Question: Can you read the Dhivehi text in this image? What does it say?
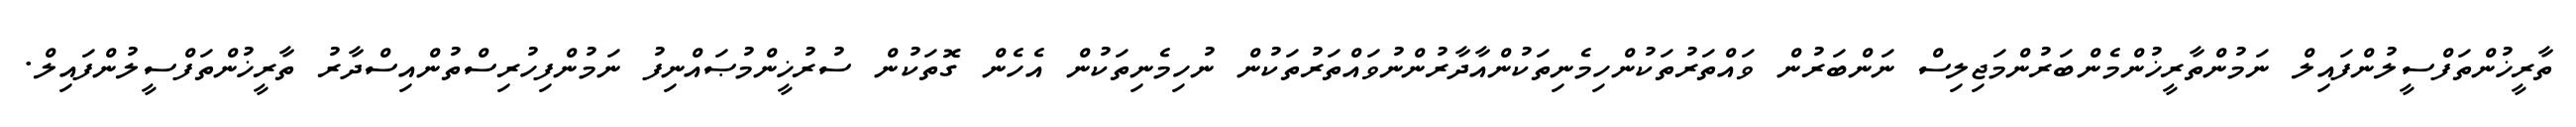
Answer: ތާރީޚުންތަފްސީލުންފައިލް ނަމުންތާރީޚުންމެންބަރުންމަޖިލިސް ނަންބަރުން ވައްތަރުތަކުންހިމެނިތަކުންއާދާރުންނުވައްތަރުތަކުން ނުހިމެނިތަކުން އެހެން ގޮތަކުން ސުރުޚީންމުޞައްނިފު ނަމުންފިހުރިސްތުންއިސްދާރު ތާރީޚުންތަފްސީލުންފައިލް.